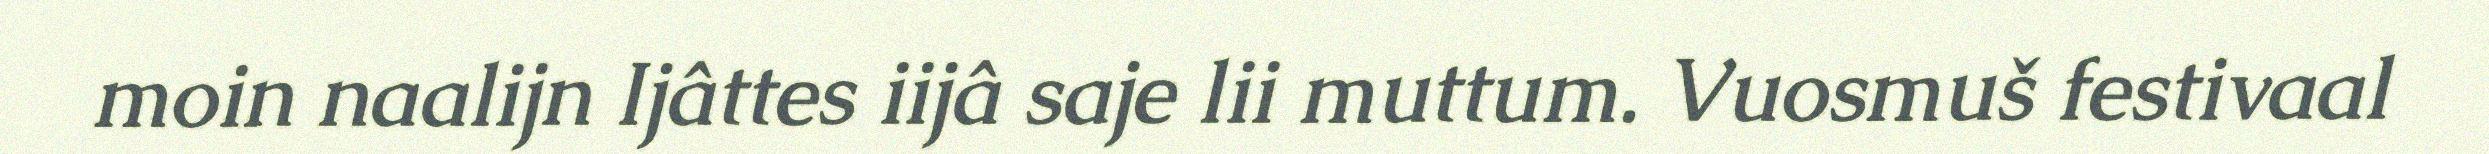
moin naalijn Ijâttes iijâ saje lii muttum. Vuosmuš festivaal